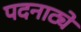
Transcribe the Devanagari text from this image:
पदनाट्ये